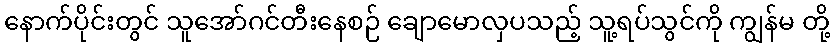
နောက်ပိုင်းတွင် သူအော်ဂင်တီးနေစဉ် ချောမောလှပသည့် သူ့ရပ်သွင်ကို ကျွန်မ တို့